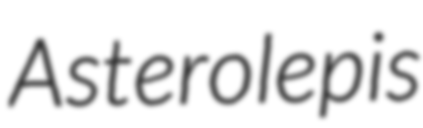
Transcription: Asterolepis